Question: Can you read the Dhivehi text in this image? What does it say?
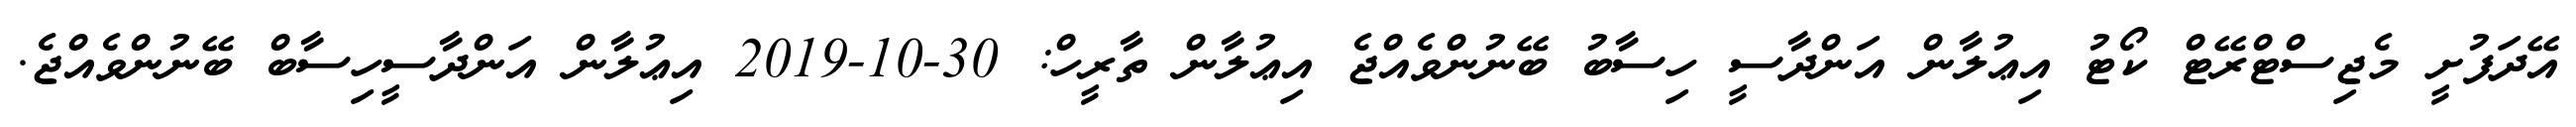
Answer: އޭދަފުށީ މެޖިސްޓްރޭޓް ކޯޓު އިޢުލާން އަންދާސީ ހިސާބު ބޭނުންވެއްޖެ އިޢުލާން ތާރީހް: 30-10-2019 އިޢުލާން އަންދާސީހިސާބް ބޭނުންވެއްޖެ.